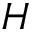
H